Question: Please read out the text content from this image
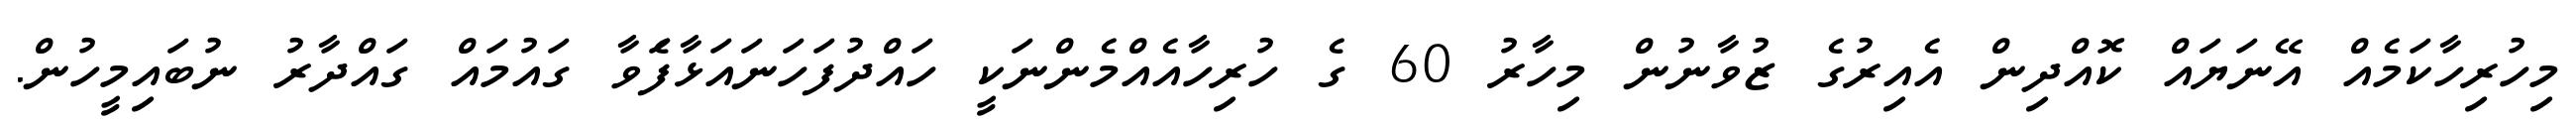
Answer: މިހުރިހާކަމެއް އޭނަޔައް ކޮއްދިން އެއިރުގެ ޒުވާނުން މިހާރު 60 ގެ ހުރިހާއެއްމެންނަކީ ހައްދުފަހަނައަޅާފަެވާ ގައުމައް ގައްދާރު ނުބައިމީހުން.